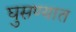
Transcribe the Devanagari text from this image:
घुसण्यात